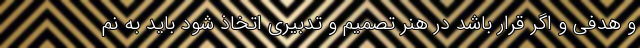
و هدفی و اگر قرار باشد در هنر تصمیم و تدبیری اتخاذ شود باید به نم